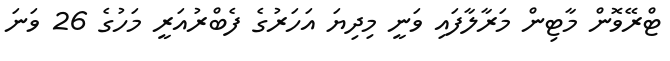
ޓްރޭވޮން މާޓިން މަރާލާފައި ވަނީ މިދިޔަ އަހަރުގެ ފެބްރުއަރީ މަހުގެ 26 ވަނަ